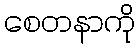
စေတနာကို